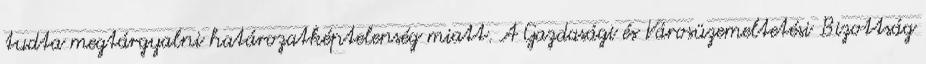
tudta megtárgyalni határozatképtelenség miatt. A Gazdasági és Városüzemeltetési Bizottság